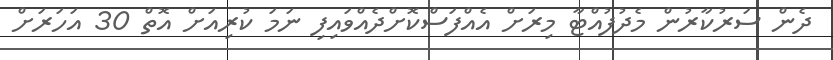
ދެން ސަރުކާރުން މެދުފުއްޓާ މިރަށް އެއްފަސްކޮށްދެއްވައިފި ނަމަ ކުރިއަށް އޮތް 30 އަހަރަށް